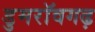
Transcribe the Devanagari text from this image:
डुमरॉवगढ़